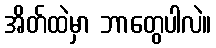
အိတ်ထဲမှာ ဘာတွေပါလဲ။